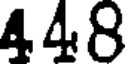
448